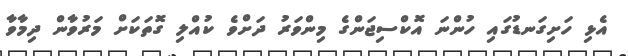
އެޅި ހަށިގަނޑުގައި ހުންނަ އޮކްސިޖަންގެ މިންވަރު ދަށްވެ ކުއްލި ގޮތަކަށް މަރުވާން ދިމާވާ